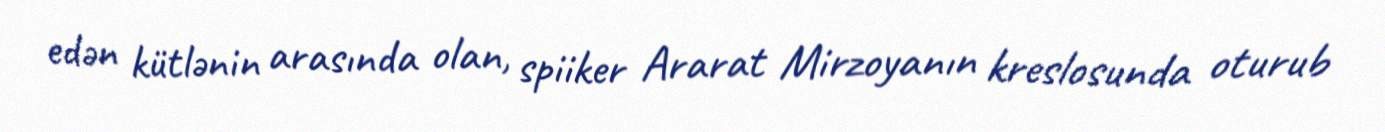
edən kütlənin arasında olan, spiiker Ararat Mirzoyanın kreslosunda oturub